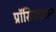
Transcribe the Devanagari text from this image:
प्रॉसिक्युशन